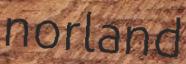
norland